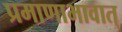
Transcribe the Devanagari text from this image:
प्रमाणाभावात्